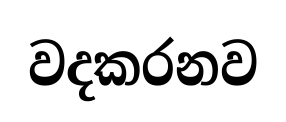
වදකරනව